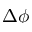
\Delta \phi